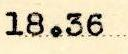
18.36